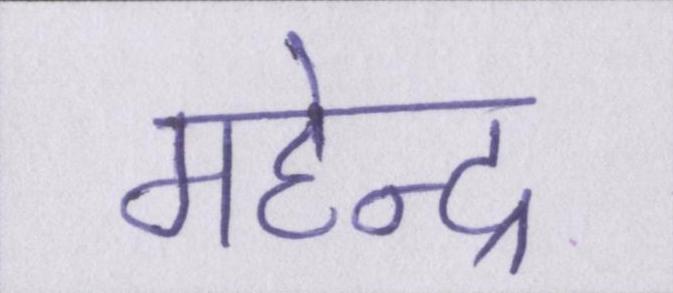
महेन्द्र